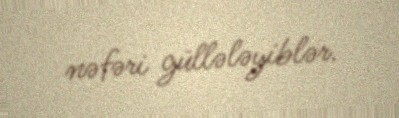
nəfəri güllələyiblər.